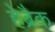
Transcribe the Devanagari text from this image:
हेब्रैक